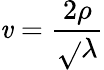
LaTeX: \mathit{v}=\frac{{2\rho}}{{\sqrt{}{{\lambda}}}}